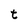
Character: t